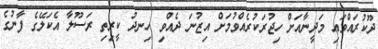
ދޫކުރައްވައި މަދީނާއަށް ހިޖުރަކުރެއްވުމަށް އިޒުނަ ދެއްވި ހިނދު ކީރިތި ރަސޫލާ އެކަލޭގެ ފާނުގެ